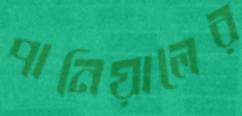
পানিয়ালের